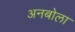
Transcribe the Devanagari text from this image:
अनबोला